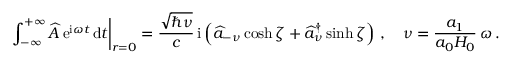
\left. \int _ { - \infty } ^ { + \infty } \widehat { A } \, \mathrm { e } ^ { \mathrm { i } \omega t } \, \mathrm { d } t \right| _ { r = 0 } = \frac { \sqrt { \hbar \nu } } { c } \, \mathrm { i } \left( \widehat { a } _ { - \nu } \cosh \zeta + \widehat { a } _ { \nu } ^ { \dagger } \sinh \zeta \right) \, , \quad \nu = \frac { a _ { 1 } } { a _ { 0 } H _ { 0 } } \, \omega \, .